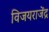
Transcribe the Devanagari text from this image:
विजयराजेंद्र